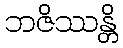
ဘဇိဿန္တိ